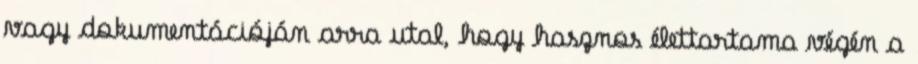
vagy dokumentációján arra utal, hogy hasznos élettartama végén a